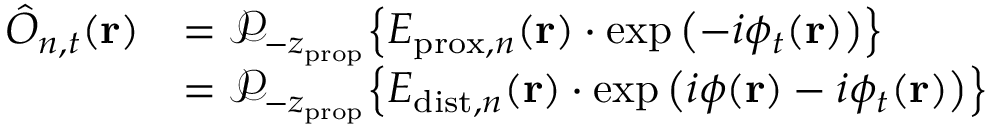
\begin{array} { r l } { \hat { O } _ { n , t } ( \mathbf { r } ) } & { = \mathcal { P } _ { - z _ { \mathrm { p r o p } } } \! \left\{ E _ { \mathrm { p r o x } , n } ( \mathbf { r } ) \cdot \exp \left( - i \phi _ { t } ( \mathbf { r } ) \right) \right\} } \\ & { = \mathcal { P } _ { - z _ { \mathrm { p r o p } } } \! \left\{ E _ { \mathrm { d i s t } , n } ( \mathbf { r } ) \cdot \exp \left( i \phi ( \mathbf { r } ) - i \phi _ { t } ( \mathbf { r } ) \right) \right\} } \end{array}